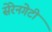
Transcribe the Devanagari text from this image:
सेरेनगेटी